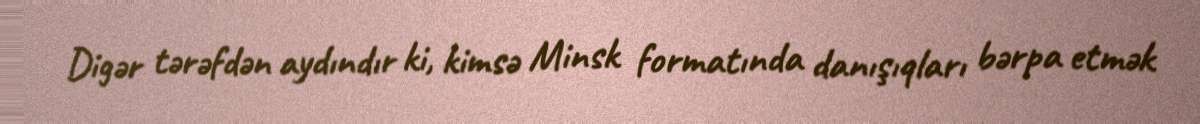
Digər tərəfdən aydındır ki, kimsə Minsk formatında danışıqları bərpa etmək